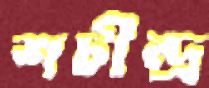
শচীন্দ্র